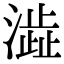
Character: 澁